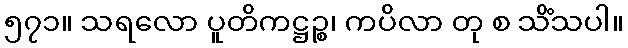
၅၇၁။ သရလော ပူတိကဋ္ဌဉ္စ၊ ကပိလာ တု စ သိံသပါ။